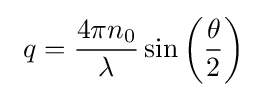
\ q={\frac {4\pi n_{0}}{\lambda }}\sin \left({\frac {\theta }{2}}\right)